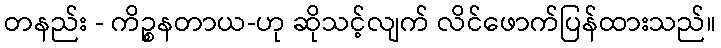
တနည်း - ကိဉ္စနတာယ-ဟု ဆိုသင့်လျက် လိင်ဖောက်ပြန်ထားသည်။